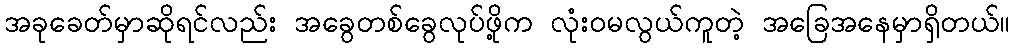
အခုခေတ်မှာဆိုရင်လည်း အခွေတစ်ခွေလုပ်ဖို့က လုံးဝမလွယ်ကူတဲ့ အခြေအနေမှာရှိတယ်။